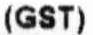
(GST)